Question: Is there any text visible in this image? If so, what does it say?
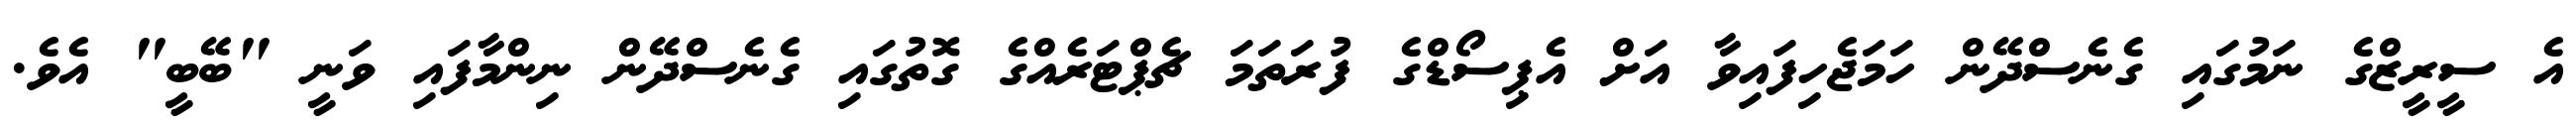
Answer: އެ ސީރީޒްގެ ނަމުގައި ގެނެސްދޭން ހަމަޖެހިފައިވާ އަށް އެޕިސޯޑްގެ ފުރަތަމަ ޗެޕްޓަރެއްގެ ގޮތުގައި ގެނެސްދޭން ނިންމާފައި ވަނީ "ބޭބީ" އެވެ.